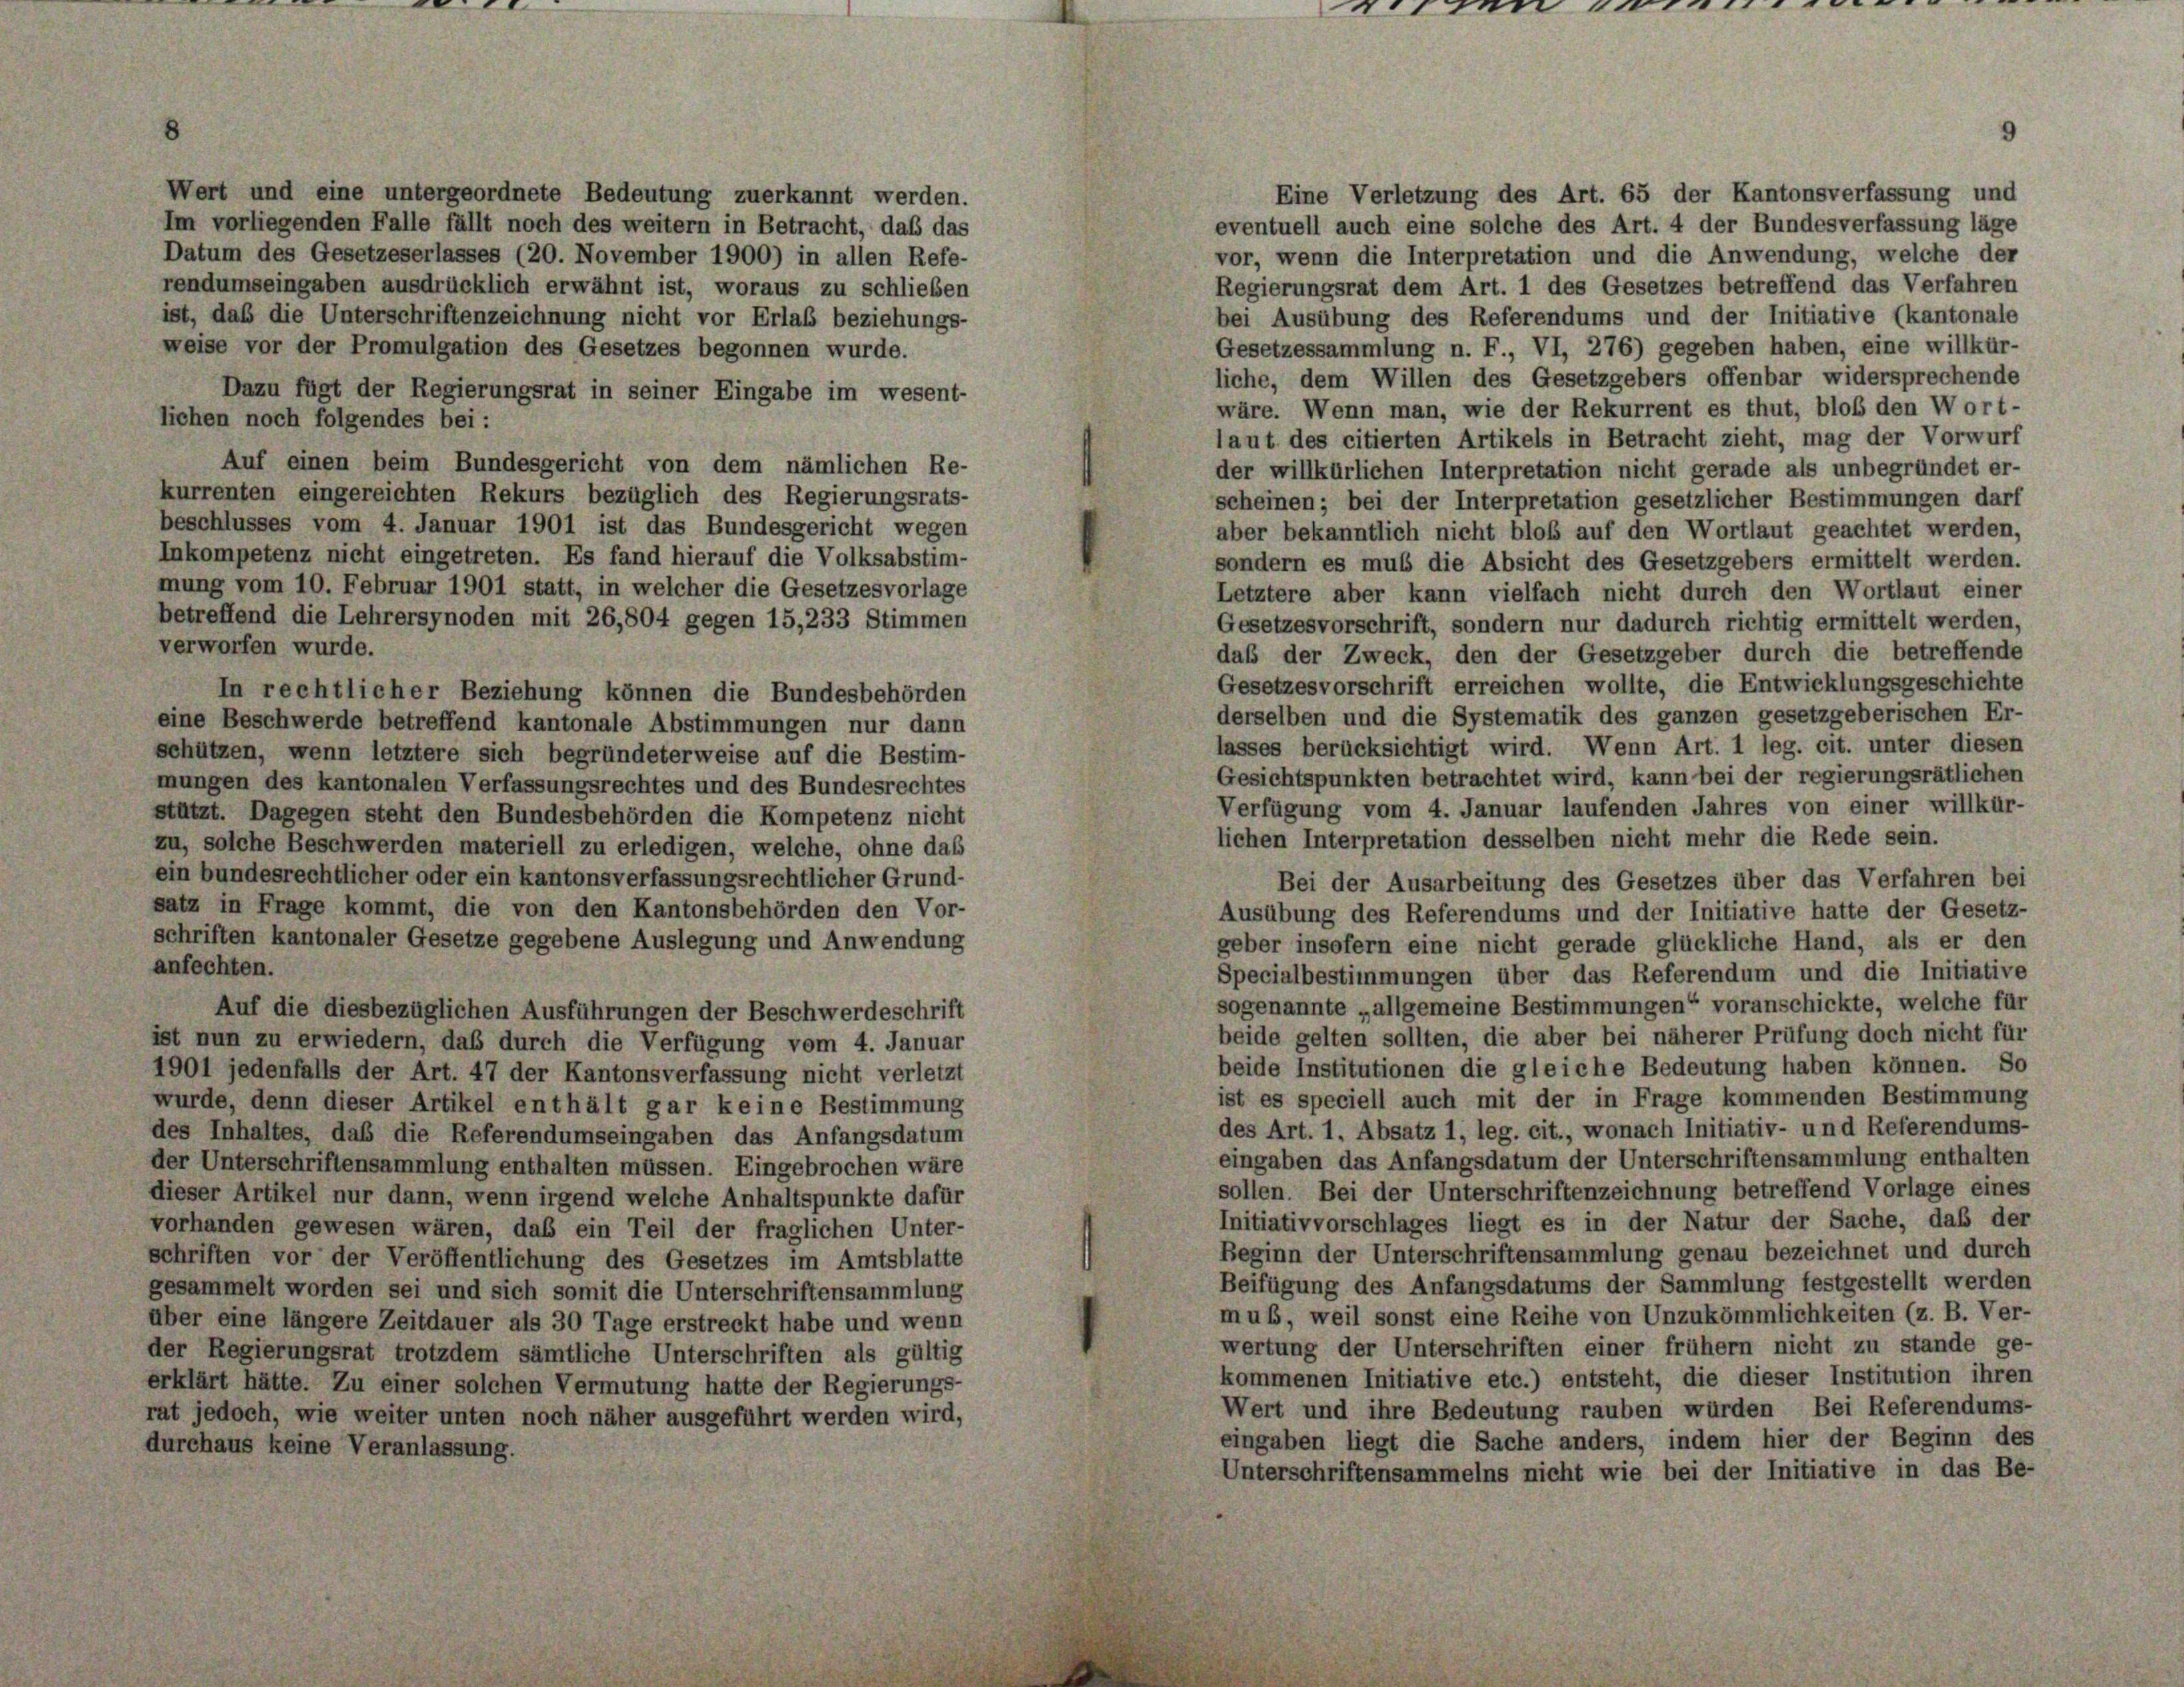
Wert und eine untergeordnete Bedeutung zuerkannt werden.
Im vorliegenden Falle fällt noch des weitern in Betracht, daß das
Datum des Gesetzeserlasses (20. November 1900) in allen Refe-
rendumseingaben ausdrücklich erwähnt ist, woraus zu schlieben

Eine Verletzung des Art. 65 der Kantonsverfassung und
eventuell auch eine solche des Art. 4 der Bundesverfassung läge
vor, wenn die Interpretation und die Anwendung, welche der
Regierungsrat dem Art. 1 des Gesetzes betreffend das Verfahren
bei Ausübung des Referendums und der Initiative (kantonale
ist, das die Unterschriftenzeichnung nicht vor Erlaß beziehungs-
weise vor der Promulgation des Gesetzes begonnen wurde.
Gesetzessammlung n. F., VI, 276) gegeben haben, eine willkür-
liche, dem Willen des Gesetzgebers offenbar widersprechende
Dazu fügt der Regierungsrat in seiner Eingabe im wesent-
wäre. Wenn man, wie der Rekurrent es thut, bloß den Wort-
lichen noch folgendes bei :
laut des citierten Artikels in Betracht zieht, mag der Vorwurf
Auf einen beim Bundesgericht von dem nämlichen Re-
der willkürlichen Interpretation nicht gerade als unbegründet er-
kurrenten eingereichten Rekurs bezüglich des Regierungsrats-
scheinen; bei der Interpretation gesetzlicher Bestimmungen darf
beschlusses vom 4. Januar 1901 ist das Bundesgericht wegen
aber bekanntlich nicht bloß auf den Wortlaut geachtet werden,
Inkompetenz nicht eingetreten. Es fand hierauf die Volksabstim-
sondern es muß die Absicht des Gesetzgebers ermittelt werden.
mung vom 10. Februar 1901 statt, in welcher die Gesetzesvorlage
Letztere aber kann vielfach nicht durch den Wortlaut einer
betreffend die Lehrersynoden mit 26,804 gegen 15,233 Stimmen
Gesetzesvorschrift, sondern nur dadurch richtig ermittelt werden,
verworfen wurde.
daß der Zweck, den der Gesetzgeber durch die betreffende
Gesetzesvorschrift erreichen wollte, die Entwicklungsgeschichte
In rechtlicher Beziehung können die Bundesbehörden
derselben und die Systematik des ganzen gesetzgeberischen Er-
eine Beschwerde betreffend kantonale Abstimmungen nur dann
lasses berücksichtigt wird. Wenn Art. 1 leg. cit. unter diesen
schützen, wenn letztere sich begründeterweise auf die Bestim-
Gesichtspunkten betrachtet wird, kann bei der regierungsrätlichen
mungen des kantonalen Verfassungsrechtes und des Bundesrechtes
Verfügung vom 4. Januar laufenden Jahres von einer willkür-
stützt. Dagegen steht den Bundesbehörden die Kompetenz nicht
lichen Interpretation desselben nicht mehr die Rede sein.
zu, solche Beschwerden materiell zu erledigen, welche, ohne das
ein bundesrechtlicher oder ein kantonsverfassungsrechtlicher Grund-
Bei der Ausarbeitung des Gesetzes über das Verfahren bei
satz in Frage kommt, die von den Kantonsbehörden den Vor-
Ausübung des Referendums und der Initiative hatte der Gesetz-
schriften kantonaler Gesetze gegebene Auslegung und Anwendung
geber insofern eine nicht gerade glückliche Hand, als er den
anfechten.
Specialbestimmungen über das Referendum und die Initiative
sogenannte „allgemeine Bestimmungen“ voranschickte, welche für
Auf die diesbezüglichen Ausführungen der Beschwerdeschrift
beide gelten sollten, die aber bei näherer Prüfung doch nicht für
ist nun zu erwiedern, daß durch die Verfügung vom 4. Januar
beide Institutionen die gleiche Bedeutung haben können. So
1901 jedenfalls der Art. 47 der Kantonsverfassung nicht verletzt
ist es speciell auch mit der in Frage kommenden Bestimmung
wurde, denn dieser Artikel enthält gar keine Bestimmung
des Art. 1. Absatz 1, leg. cit., wonach Initiativ- und Referendums-
des Inhaltes, daß die Referendumseingaben das Anfangsdatum
eingaben das Anfangsdatum der Unterschriftensammlung enthalten
der Unterschriftensammlung enthalten müssen. Eingebrochen wäre
sollen. Bei der Unterschriftenzeichnung betreffend Vorlage eines
dieser Artikel nur dann, wenn irgend welche Anhaltspunkte dafür
Initiativvorschlages liegt es in der Natur der Sache, daß der
vorhanden gewesen wären, das ein Teil der fraglichen Unter-
Beginn der Unterschriftensammlung genau bezeichnet und durch
schriften vor der Veröffentlichung des Gesetzes im Amtsblatte
Beifügung des Anfangsdatums der Sammlung festgestellt werden
gesammelt worden sei und sich somit die Unterschriftensammlung
muß, weil sonst eine Reihe von Unzukömmlichkeiten (z. B. Ver-
über eine längere Zeitdauer als 30 Tage erstreckt habe und wenn
wertung der Unterschriften einer frühem nicht zu stande ge-
der Regierungsrat trotzdem sämtliche Unterschriften als gültig
kommenen Initiative etc.) entsteht, die dieser Institution ihren
erklärt hätte. Zu einer solchen Vermutung hatte der Regierungs
Wert und ihre Bedeutung rauben würden Bei Referendums-
rat jedoch, wie weiter unten noch näher ausgeführt werden wird,
eingaben liegt die Sache anders, indem hier der Beginn des
Aurchaus keine Veranlassung.
Unterschriftensammelns nicht wie bei der Initiative in das Be-

eien voran